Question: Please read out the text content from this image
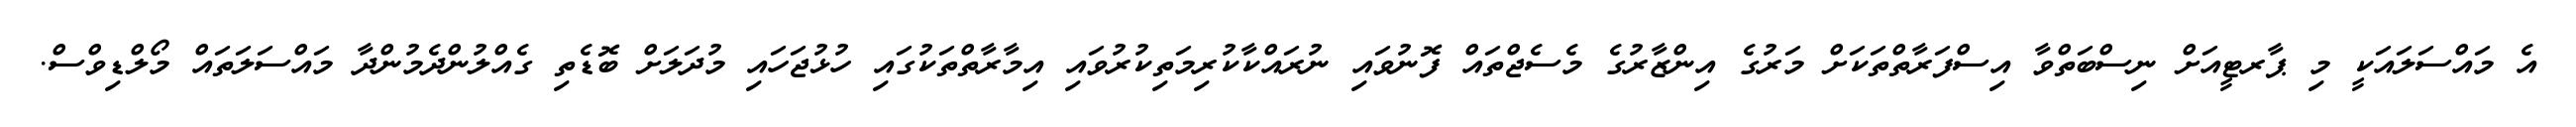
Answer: އެ މައްސަލައަކީ މި ޕާރޓީއަށް ނިސްބަތްވާ އިސްފަރާތްތަކަށް މަރުގެ އިންޒާރުގެ މެސެޖްތައް ފޮނުވައި ނުރައްކާކުރިމަތިކުރުވައި އިމާރާތްތަކުގައި ހުޅުޖަހައި މުދަލަށް ބޮޑެތި ގެއްލުންދެމުންދާ މައްސަލަތައް މޯލްޑިވްސް.